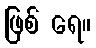
ဖြစ် ရေ။